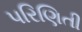
પરિણિતી